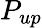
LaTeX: P_{up}